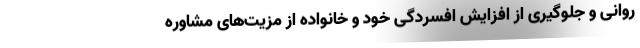
روانی و جلوگیری از افزایش افسردگی خود و خانواده از مزیت‌های مشاوره